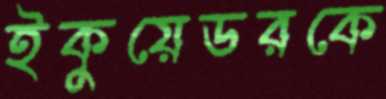
ইকুয়েডরকে